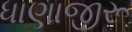
ધાણાજીરૂ